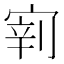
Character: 𱚎